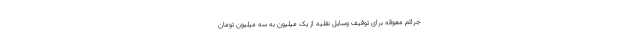
جرائم معوقه برای توقیف وسایل نقلیه از یک میلیون به سه میلیون تومان